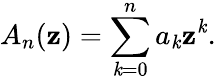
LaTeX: A_{n}(\mathbf{z})=\sum_{\mathit{k}=0}^{n}a_{\mathit{k}}\mathbf{z}^{\mathit{k}}.